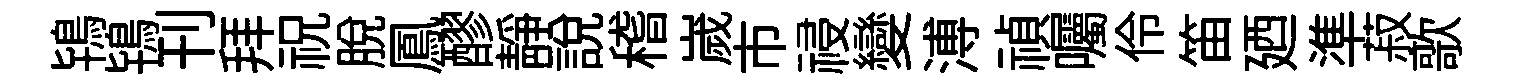
鴇鴇刊拜祝脱鳳醪静説稽嵗市祲變溥禎囑伶笛廼準菽歌